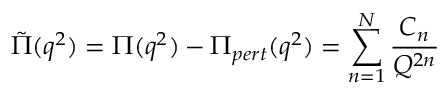
\tilde { \Pi } ( q ^ { 2 } ) = \Pi ( q ^ { 2 } ) - \Pi _ { p e r t } ( q ^ { 2 } ) = \sum _ { n = 1 } ^ { N } \frac { C _ { n } } { Q ^ { 2 n } }